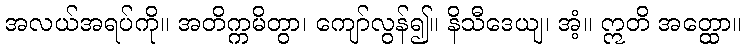
အလယ်အရပ်ကို။ အတိက္ကမိတွာ၊ ကျော်လွန်၍။ နိသီဒေယျ၊ အံ့။ ဣတိ အတ္ထော။